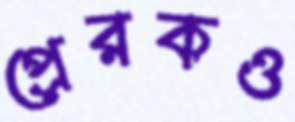
প্রেরকও